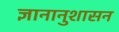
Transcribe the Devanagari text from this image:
ज्ञानानुशासन